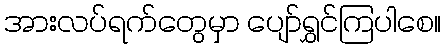
အားလပ်ရက်တွေမှာ ပျော်ရွှင်ကြပါစေ။